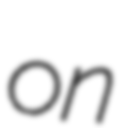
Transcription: on